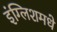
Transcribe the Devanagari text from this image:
इंग्लिशमधे